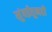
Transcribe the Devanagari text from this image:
मुंबईतूनही